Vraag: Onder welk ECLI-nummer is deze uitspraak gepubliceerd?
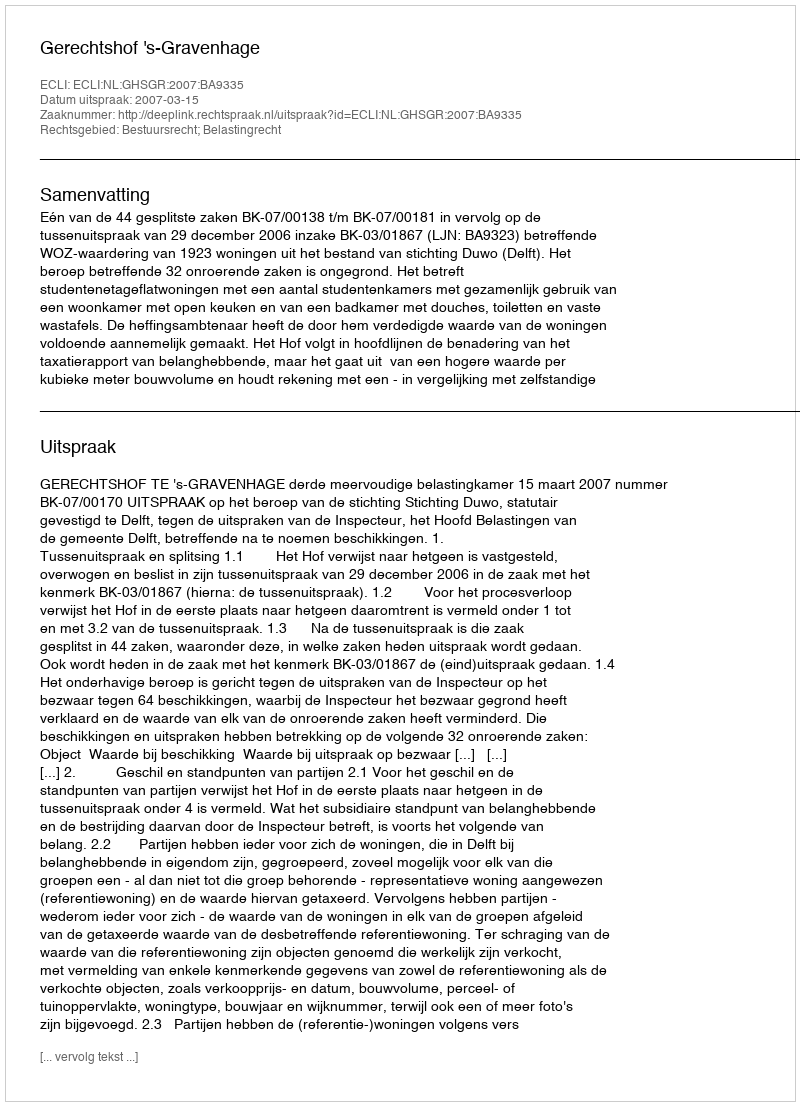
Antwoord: ECLI:NL:GHSGR:2007:BA9335